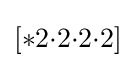
[*2{\cdot }2{\cdot }2{\cdot }2]